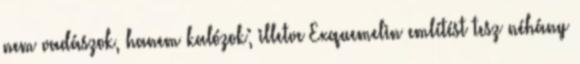
nem vadászok, hanem kalózok; illetve Exquemelin említést tesz néhány